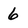
Character: 6